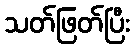
သတ်ဖြတ်ပြီး